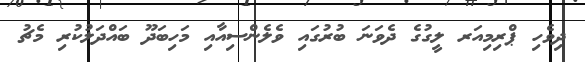
ދިވެހި ޕްރިމިއަރ ލީގުގެ ދެވަނަ ބުރުގައި ވެލެންސިއާއި މަހިބަދޫ ބައްދަލުކުރި މެޗު